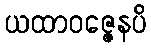
ယထာဝဇ္ဇေနပိ